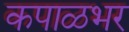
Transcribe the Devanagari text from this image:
कपाळभर